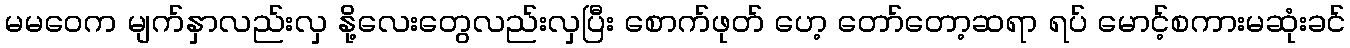
မမဝေက မျက်နှာလည်းလှ နို့လေးတွေလည်းလှပြီး စောက်ဖုတ် ဟေ့ တော်တော့ဆရာ ရပ် မောင့်စကားမဆုံးခင်